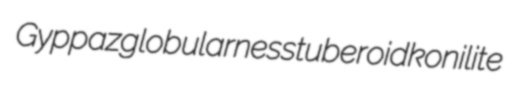
Gyppaz globularness tuberoid konilite